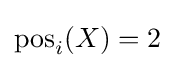
\mathrm {pos} _{i}(X)=2